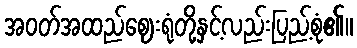
အဝတ်အထည်ဈေးရုံတို့နှင့်လည်းပြည့်စုံ၏။